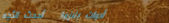
أدوات بلازما   أحدث الأجه